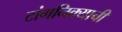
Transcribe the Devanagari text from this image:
टांगनिक्याची